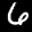
Label: 6